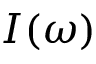
I ( \omega )